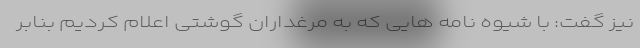
نیز گفت:‌ با شیوه نامه هایی که به مرغداران گوشتی اعلام کردیم بنابر